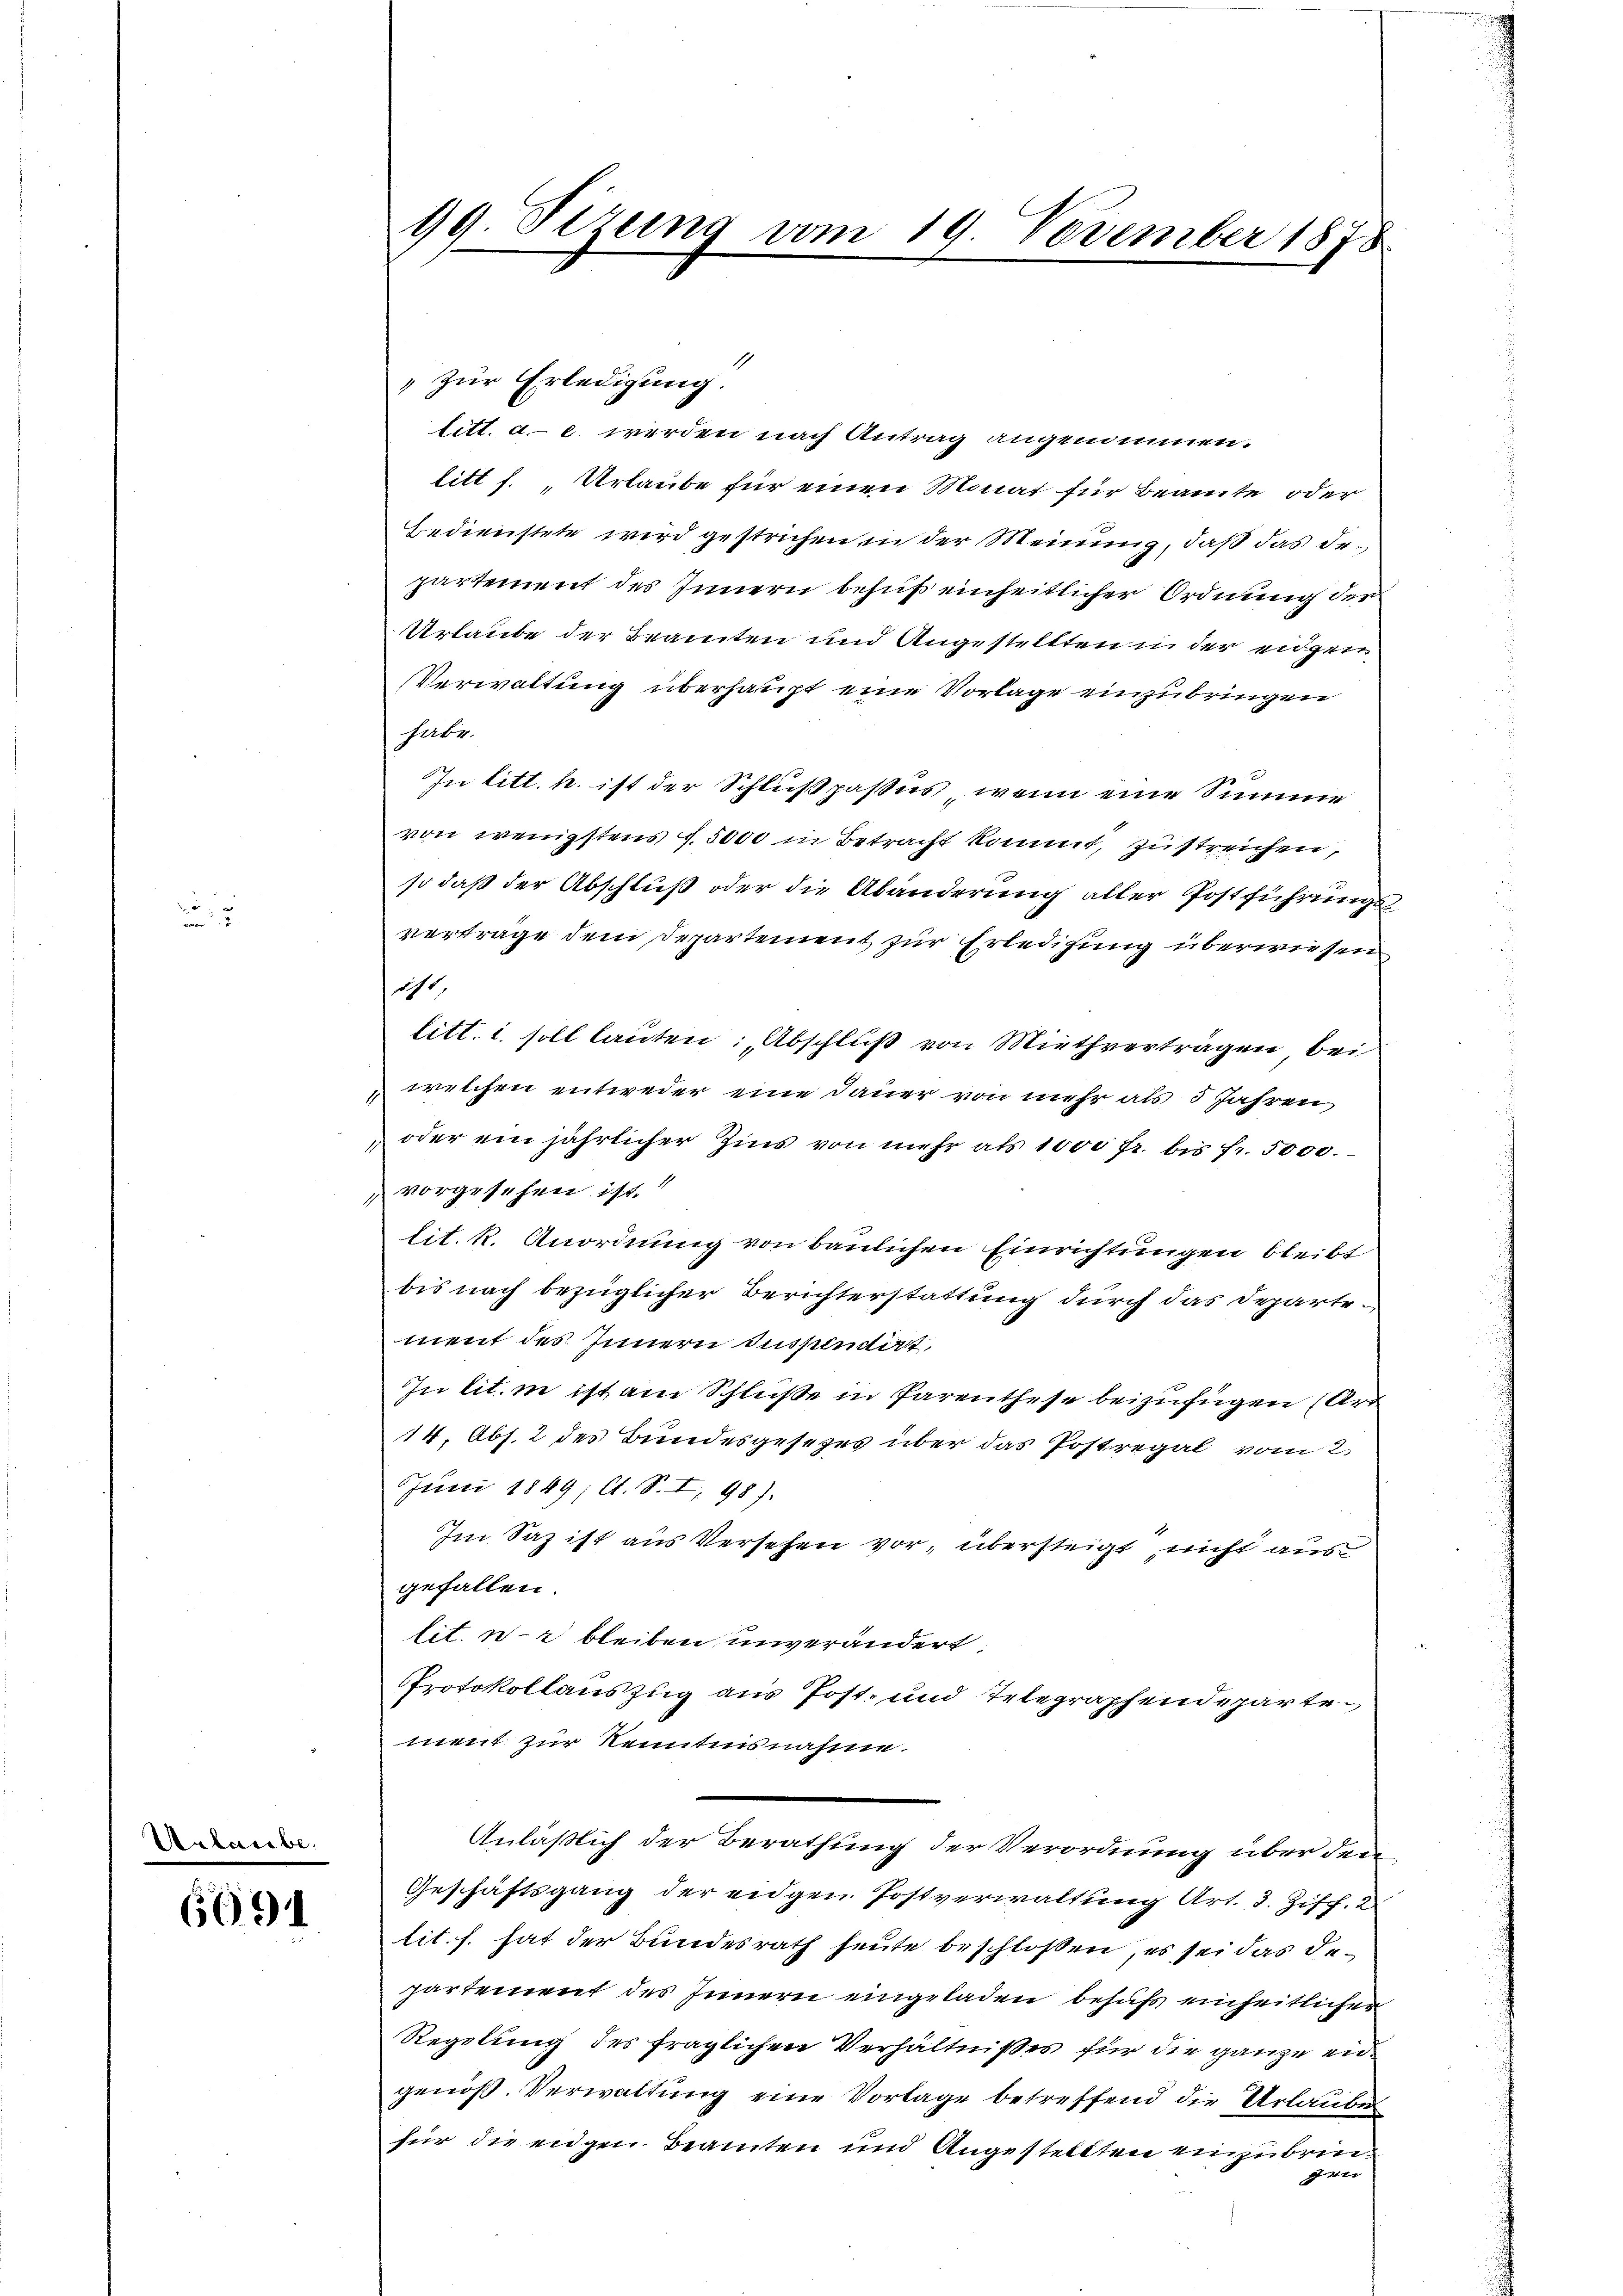
Urlaube.

6091

99. Sezung vom 19. November 1878

» zur Erledigung.
titt. a. c. werden nach Antrag angenommen.
litt f. Urlaube für einen Monat für Beamte oder
Bedienstete wird gestrichen in der Meinung, daß das Dr.
partement des Innern behuf einheitlicher Ordnung des
Urlaube der Beamten und Angestellten in der eidgen
Verwaltung überhaupt eine Vorlage einzubringen
habe.
In litt. h. ist der Schlußpasus wenn eine Summe
von wenigstens 1. 5000 in Betracht kommt, zu streichen,
so daß der Abschluß oder die Abänderung aller Postführungsvertrage dem Departement zur Erledigung überwiesen
icht,
litt. i soll lauten: Abschluß von Miethverträgen bei
welchen entweder eine Dauer von mehr als 5 Jahren
oder ein jährlicher Zins von mehr als 1000 fr. bis fr. 5000.
vorgesehen ist.
lit. k. Anordnung von baulichen Einrichtungen bleibt
bis nach bezüglicher Berichterstattung durch das Departement des Innern suspendirt
In lit. in ist am Schluße in Parenthese beizufügen (Art
14. Abs. 2 des Bundesgesetzes über das Postregal vom 2.
Juni 1849; A. S. I, 98).
Im Saz ist aus Versehen vor, übersteigt, nicht aus
gefallen.
lit. n. 2 bleiben unverändert.
Protokollauszug aus Post- und Telegraphendepartement zur Kenntnisnahme.
Anläßlich der Berathung der Verordnung über den
Geschäftsgang der eidgen Postverwaltung Art. 3. Ziff. 2
tit. f. hat der Bundesrath heute beschlossen, es sei das departement des Innern eingeladen behufs einheitlicher
Regelung des fraglichen Verhältnißes für die ganze eidgenöß. Verwaltung eine Vorlage betreffend die Urlaubes
für die eidgen Beamten und Angestellten einzubrindei